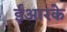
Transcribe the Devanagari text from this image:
ईआरके